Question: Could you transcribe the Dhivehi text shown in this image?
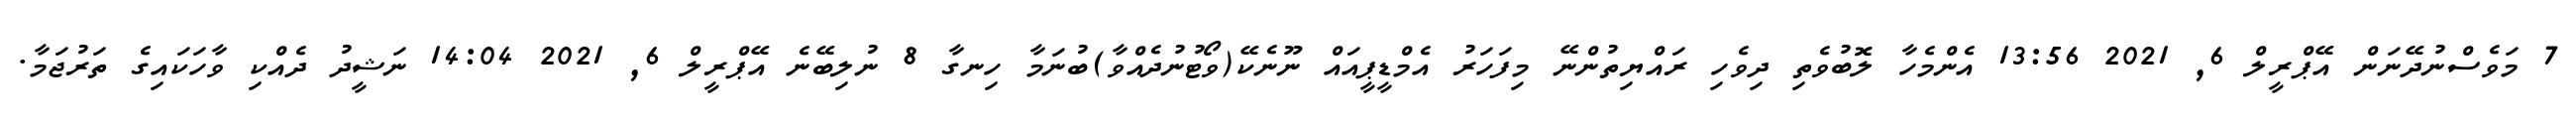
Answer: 7 މަވެސްނުދޭނަން އޭޕްރީލް 6, 2021 13:56 އެންމެހާ ލޮބުވެތި ދިވެހި ރައްޔިތުންނޭ މިފަހަރު އެމްޑީޕީއައް ނޫނެކޭ(ވޯޓުނުދެއްވާ)ބުނަމާ ހިނގާ 8 ނުލިބޭނެ އޭޕްރީލް 6, 2021 14:04 ނަޝީދު ދެއްކި ވާހަކައިގެ ތަރުޖަމާ.